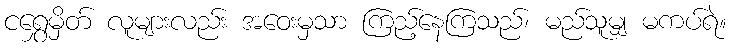
ငရွှေမှိတ် လူများလည်း အဝေးမှသာ ကြည့်နေကြသည်၊ မည်သူမျှ မကပ်ရဲ။